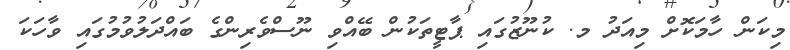
މިކަން ހާމަކޮށް މިއަދު މ. ކުނޫޒުގައި ޕާޓީތަކުން ބޭއްވި ނޫސްވެރިންގެ ބައްދަލުވުމުގައި ވާހަކަ